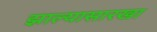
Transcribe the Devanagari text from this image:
झाल्यासारखा